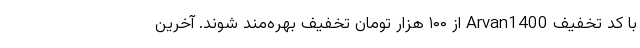
با کد تخفیف Arvan1400 از ۱۰۰ هزار تومان تخفیف بهره‌مند شوند. آخرین